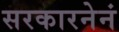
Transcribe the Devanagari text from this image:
सरकारनेनं